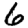
Digit: 6